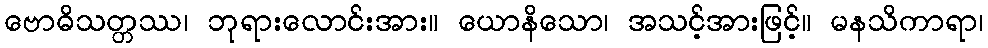
ဗောဓိသတ္တဿ၊ ဘုရားလောင်းအား။ ယောနိသော၊ အသင့်အားဖြင့်။ မနသိကာရာ၊